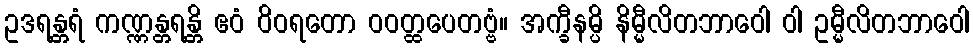
ဥဒရန္တရံ ကဏ္ဏန္တရန္တိ ဧဝံ ဝိဝရတော ဝဝတ္ထပေတဗ္ဗံ။ အက္ခီနမ္ပိ နိမ္မီလိတဘာဝေါ ဝါ ဥမ္မီလိတဘာဝေါ